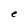
Character: e